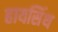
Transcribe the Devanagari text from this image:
हायसिंथ